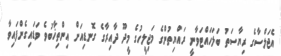
އެޖަލްސާގެ ރިޔާސަތު ބަލަހައްޓަވާނީ ރައްޔިތުންގެ މަޖިލީހުގެ މީދޫ ދާއިރާގެ ގޮނޑިއަށް އިންތިޚާބުވެ ވަޑައިގެންފައިވާ